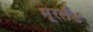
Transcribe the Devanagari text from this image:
मूरलैंड